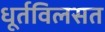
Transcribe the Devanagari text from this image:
धूर्तविलसत